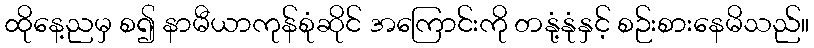
ထိုနေ့ညမှ စ၍ နာမီယာကုန်စုံဆိုင် အကြောင်းကို တနုံ့နုံနှင့် စဉ်းစားနေမိသည်။